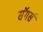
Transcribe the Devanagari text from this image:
सॅगर्स